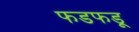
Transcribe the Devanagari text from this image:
फडफडू